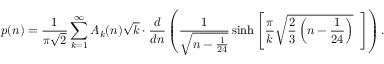
p ( n ) = { \frac { 1 } { \pi { \sqrt { 2 } } } } \sum _ { k = 1 } ^ { \infty } A _ { k } ( n ) { \sqrt { k } } \cdot { \frac { d } { d n } } \left( { { \frac { 1 } { \sqrt { n - { \frac { 1 } { 2 4 } } } } } \sinh \left[ { { \frac { \pi } { k } } { \sqrt { { \frac { 2 } { 3 } } \left( n - { \frac { 1 } { 2 4 } } \right) } } } \, \, \, \right] } \right) .